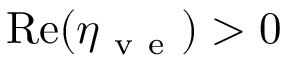
\mathrm { R e } ( \eta _ { \mathrm { ~ v ~ e ~ } } ) > 0